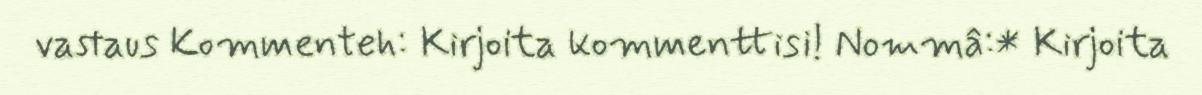
vastaus Kommenteh: Kirjoita kommenttisi! Nommâ:* Kirjoita